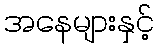
အနေများနှင့်